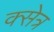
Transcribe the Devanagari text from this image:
क्सेत्र